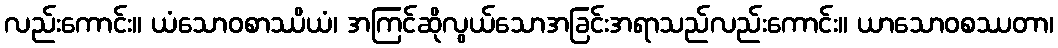
လည်းကောင်း။ ယံသောဝစာဿိယံ၊ အကြင်ဆိုလွယ်သောအခြင်းအရာသည်လည်းကောင်း။ ယာသောဝစဿတာ၊